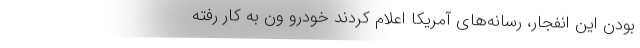
بودن این انفجار، رسانه‌های آمریکا اعلام کردند خودرو ون به کار رفته